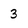
Character: 3